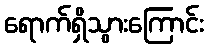
ရောက်ရှိသွားကြောင်း